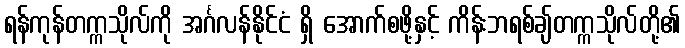
ရန်ကုန်တက္ကသိုလ်ကို အင်္ဂလန်နိုင်ငံ ရှိ အောက်စဖို့နှင့် ကိန်းဘရစ်ချ်တက္ကသိုလ်တို့၏